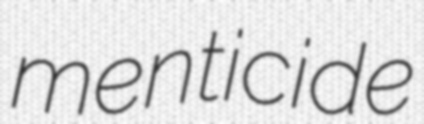
menticide